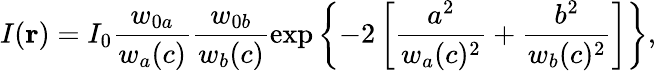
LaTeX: I(\mathbf{r})=I_{0}\frac{w_{0a}}{w_{a}(c)}\frac{w_{0b}}{w_{b}(c)}\exp\left\{ -2\left[\frac{a^{2}}{w_{a}(c)^{2}}+\frac{b^{2}}{w_{b}(c)^{2}}\right]\right\} ,